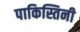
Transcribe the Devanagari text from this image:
पाकिस्तिनी